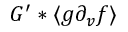
G ^ { \prime } \ast \langle g \partial _ { v } f \rangle